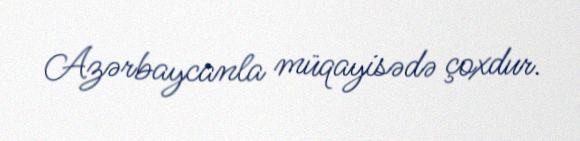
Azərbaycanla müqayisədə çoxdur.